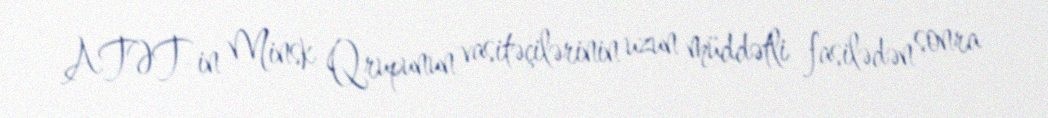
ATƏT-in Minsk Qrupunun vasitəçilərinin uzun müddətli fasilədən sonra